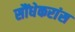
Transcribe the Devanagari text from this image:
सौंधेकरांस